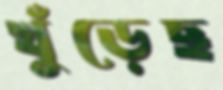
খুঁড়েছ